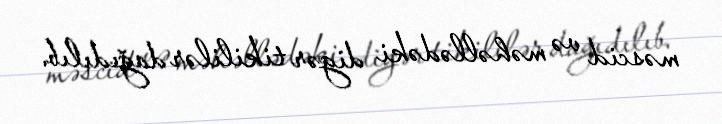
məscid və məhəllədəki digər tikililər dağıdılıb.